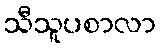
သီသူပစာလာ